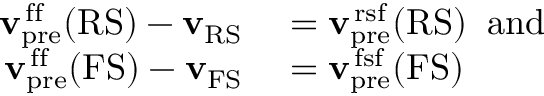
\begin{array} { r l } { { \mathbf { v } } _ { \mathrm { p r e } } ^ { \mathrm { \, f f } } ( \mathrm { R S } ) - { \mathbf { v } } _ { \mathrm { R S } } } & { { } = { \mathbf { v } } _ { \mathrm { p r e } } ^ { \mathrm { \, r s f } } ( \mathrm { R S } ) \; \; \mathrm { a n d } } \\ { { \mathbf { v } } _ { \mathrm { p r e } } ^ { \mathrm { \, f f } } ( \mathrm { F S } ) - { \mathbf { v } } _ { \mathrm { F S } } } & { { } = { \mathbf { v } } _ { \mathrm { p r e } } ^ { \mathrm { \, f s f } } ( \mathrm { F S } ) } \end{array}